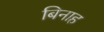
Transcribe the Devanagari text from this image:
बिनाह